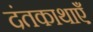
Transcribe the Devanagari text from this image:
दंतकाथाएँ